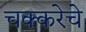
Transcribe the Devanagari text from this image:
चक्करेचे